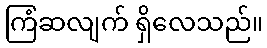
ကြံဆလျက် ရှိလေသည်။